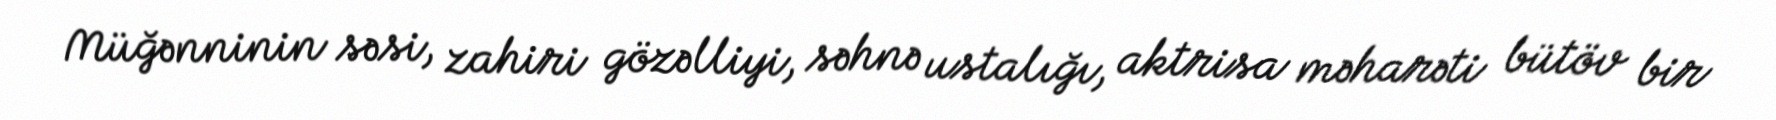
Müğənninin səsi, zahiri gözəlliyi, səhnə ustalığı, aktrisa məharəti bütöv bir